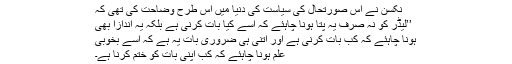
نکسن نے اس صورتِحال کی سیاست کی دنیا میں اس طرح وضاحت کی تھی کہ
’’لیڈر کو نہ صرف یہ پتا ہونا چاہئے کہ اسے کیا بات کرنی ہے بلکہ یہ اندازا بھی
ہونا چاہئے کہ کب بات کرنی ہے اور اتنی ہی ضروری بات یہ ہے کہ اسے بخوبی
علم ہونا چاہئے کہ کب اپنی بات کو ختم کرنا ہے۔